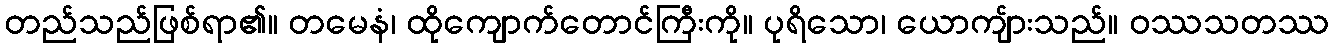
တည်သည်ဖြစ်ရာ၏။ တမေနံ၊ ထိုကျောက်တောင်ကြီးကို။ ပုရိသော၊ ယောကျ်ားသည်။ ဝဿသတဿ